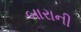
બારાની